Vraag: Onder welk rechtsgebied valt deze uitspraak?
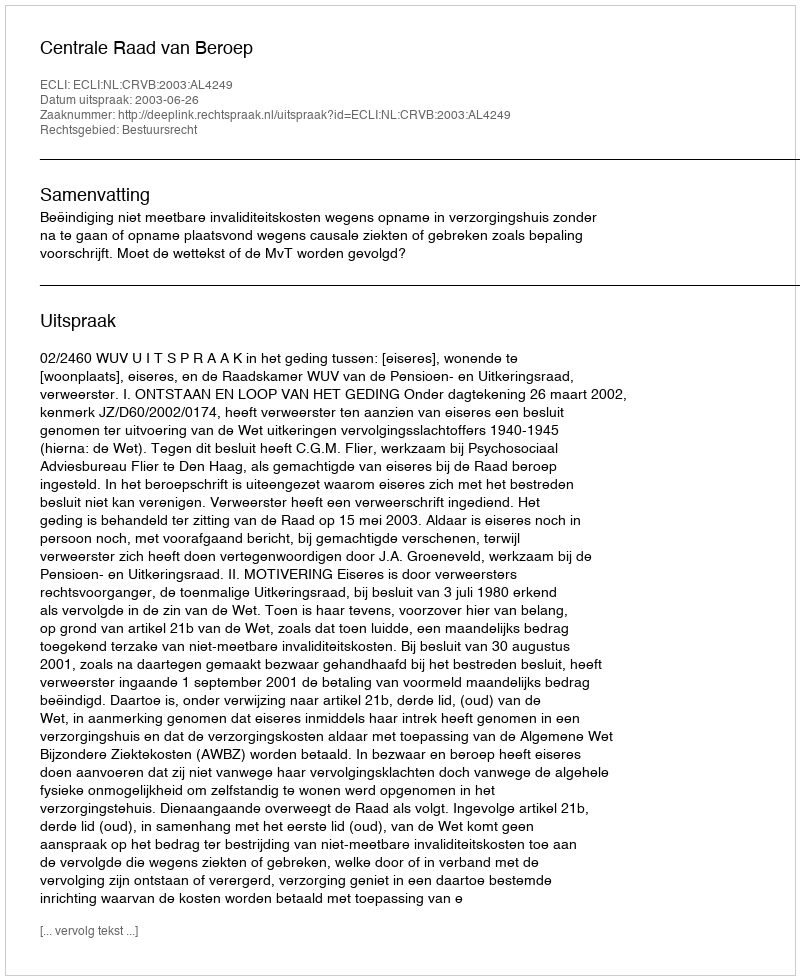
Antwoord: Bestuursrecht